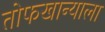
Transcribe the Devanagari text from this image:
तोफखान्याला